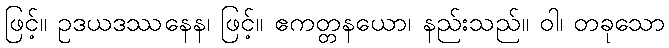
ဖြင့်။ ဥဒယဒဿနေန၊ ဖြင့်။ ဧကတ္တနယော၊ နည်းသည်။ ဝါ၊ တခုသော